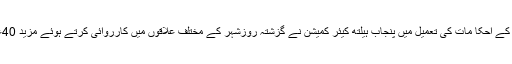
02 جون2018ء) سپریم کورٹ کے احکا مات کی تعمیل میں پنجاب ہیلتھ کیئر کمیشن نے گزشتہ روزشہر کے مختلف علاقوں میں کارروائی کرتے ہوئے مزید 40عطائیوں کے ا ڈے سیل کر دیے۔